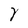
Character: Y